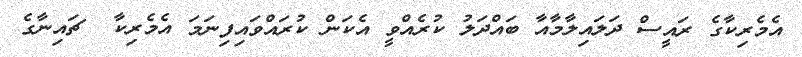
އެމެރިކާގެ ރައީސް ދަލައިލާމާއާ ބައްދަލު ކުރެއްވީ އެކަން ކުރައްވައިފިނަމަ އެމެރިކާ  ޗައިނާގެ